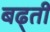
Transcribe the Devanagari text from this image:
बढ्ती